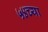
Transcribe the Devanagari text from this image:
५४च्या